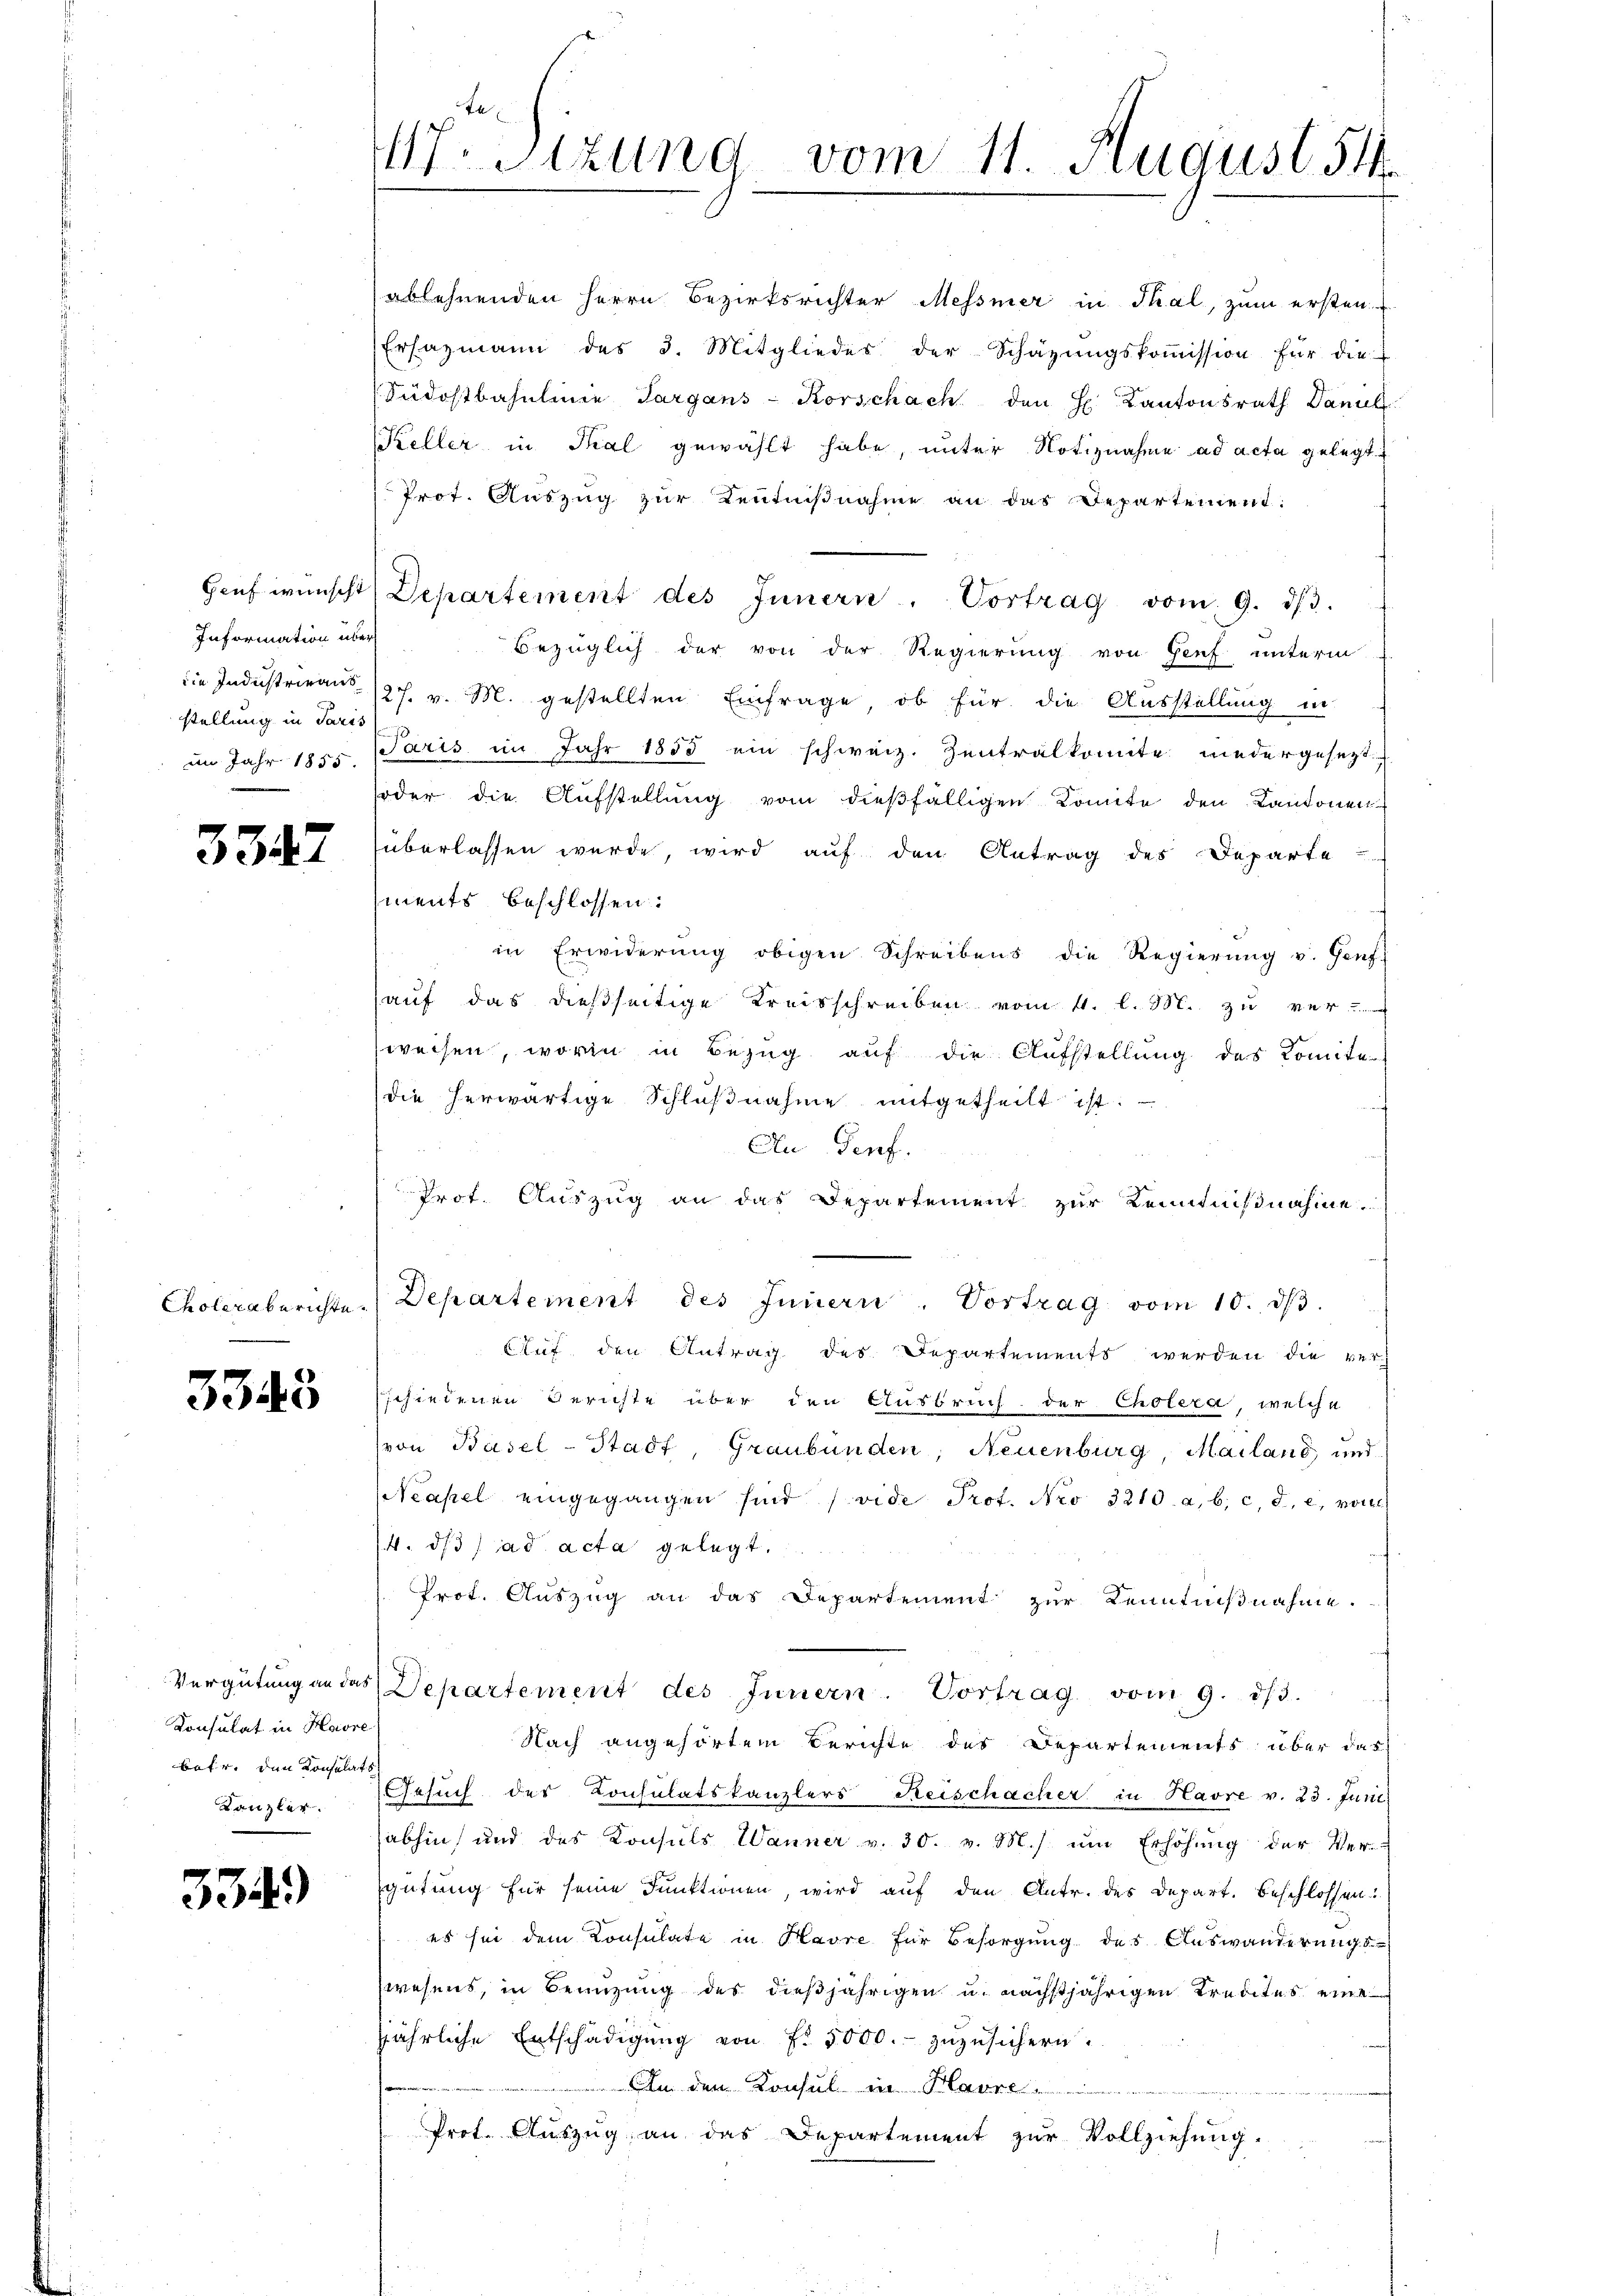
En
M.Stzung vom 11. August 51

ablehnenden Herrn Bezirksrichter Messner in Thal, zum ersten
Ersazmann des 3. Mitglieder der Schäzŭngskoṁission für die
Südostbahnlinie Sargans-Korschach den H. Kantonsrath Daniel
Keller in Thal gewählt habe, unter Notiznahme ad acta gelegt
Prot. Aŭszŭg zŭr Kenntniβnahme an das Departement:
Haŭf wünscht Departement des Innern. Vortrag vom 9. dβ.
Bezüglich der von der Regierung von Genf unterm
die Industrieaus 127. v. M. gestellten Einfrage, ob für die Ausstellung in
im Jahr 1855. Paris im Jahr 1855 ein schweiz. Zentralkomite niedergesezt
soder die Aufstellung vom dießfälligen Komite den Kantonen
überlassen wurde, wird auf den Antrag des Departe
ments beschlossen:
in Erwiderŭng obigen Schreibens die Regierŭng v. Genf
hauf das dießseitige Kreisschreiben vom 4. l. M. zu ver-
weisen, worin in Bezug auf die Aufstellung des Komite
die herwärtige Schlŭβnahme mitgetheilt ist.
An Genf.
Prot. Auszug an das Departement zur Kenntnißnahme
Choleraberichte. Departement des Innern. Vortrag vom 10. dβ.
Auf den Antrag des Departements werden die ver-
schiedenen Gerichte über den Ausbruch der Cholera, welche
von Basel-Stadt, Graubünden, Neuenburg, Mailand und
Neapel eingegangen sind (vide Prof. Nro 3210. a, b. c. d. c. vorl
/4. ds. ad acta gelegt.
Prot. Auszug an das Departement zur Kenntnißnahme.
Vergütŭng an das Departement des Innern. Vortrag vom 9. dβ.
Nach angehörtem Berichte des Departements über das
Kanzler. Gesuch des Consulatskanzlers Reischacher in Havre v. 23. Juni
abhin und des Konsuls Wanner v. 30. v. M. ŭm Erhöhŭng der Ver-
gütung für seine Funktionen, wird auf den Antr. des Depart. beschlossen:
es sei dem Konsulate in Havre für Besorgung des Auswanderungs-
wesens, in Benutzung des dießjährigen u. nächstjährigen Kredites eine
jährliche Entschädigŭng von Fr. 5000.- zŭzŭsichern.
An dem Konsul in Havre
Prot. Auszug an das Departement zur Vollziehung.

Information über
stellung in Paris

33

A

3345

Konsulat in Havre
batr. den Konsulats

334)